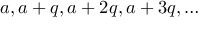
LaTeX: a , a + q , a + 2 q , a + 3 q , \dots